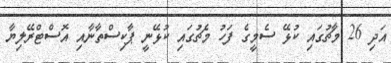
އަދި 26 މާޗުގައި ކުޅޭ ސެމީގެ ފަހު މެޗުގައި ކުޅޭނީ ޕާކިސްތާނާއި އޮސްޓްރޭލިޔާ